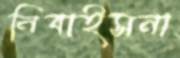
নিবাইসনা